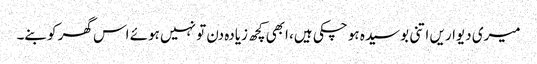
میری دیواریں اتنی بوسیدہ ہو چکی ہیں، ابھی کچھ زیادہ دن تو نہیں ہوئے اس گھر کو بنے۔